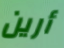
أرين